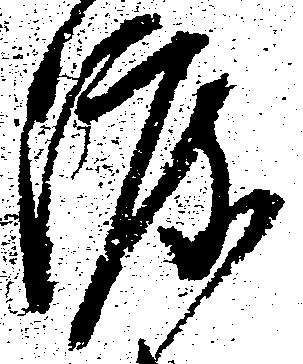
渡